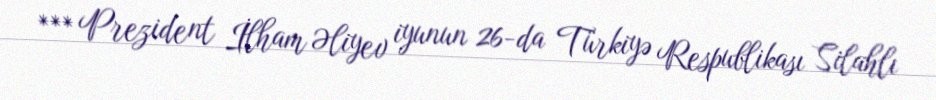
*** Prezident İlham Əliyev iyunun 26-da Türkiyə Respublikası Silahlı